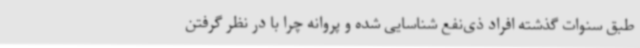
طبق سنوات گذشته افراد ذی‌نفع شناسایی شده و پروانه چرا با در نظر گرفتن